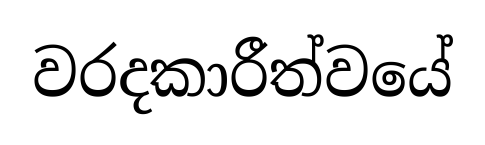
වරදකාරීත්වයේ